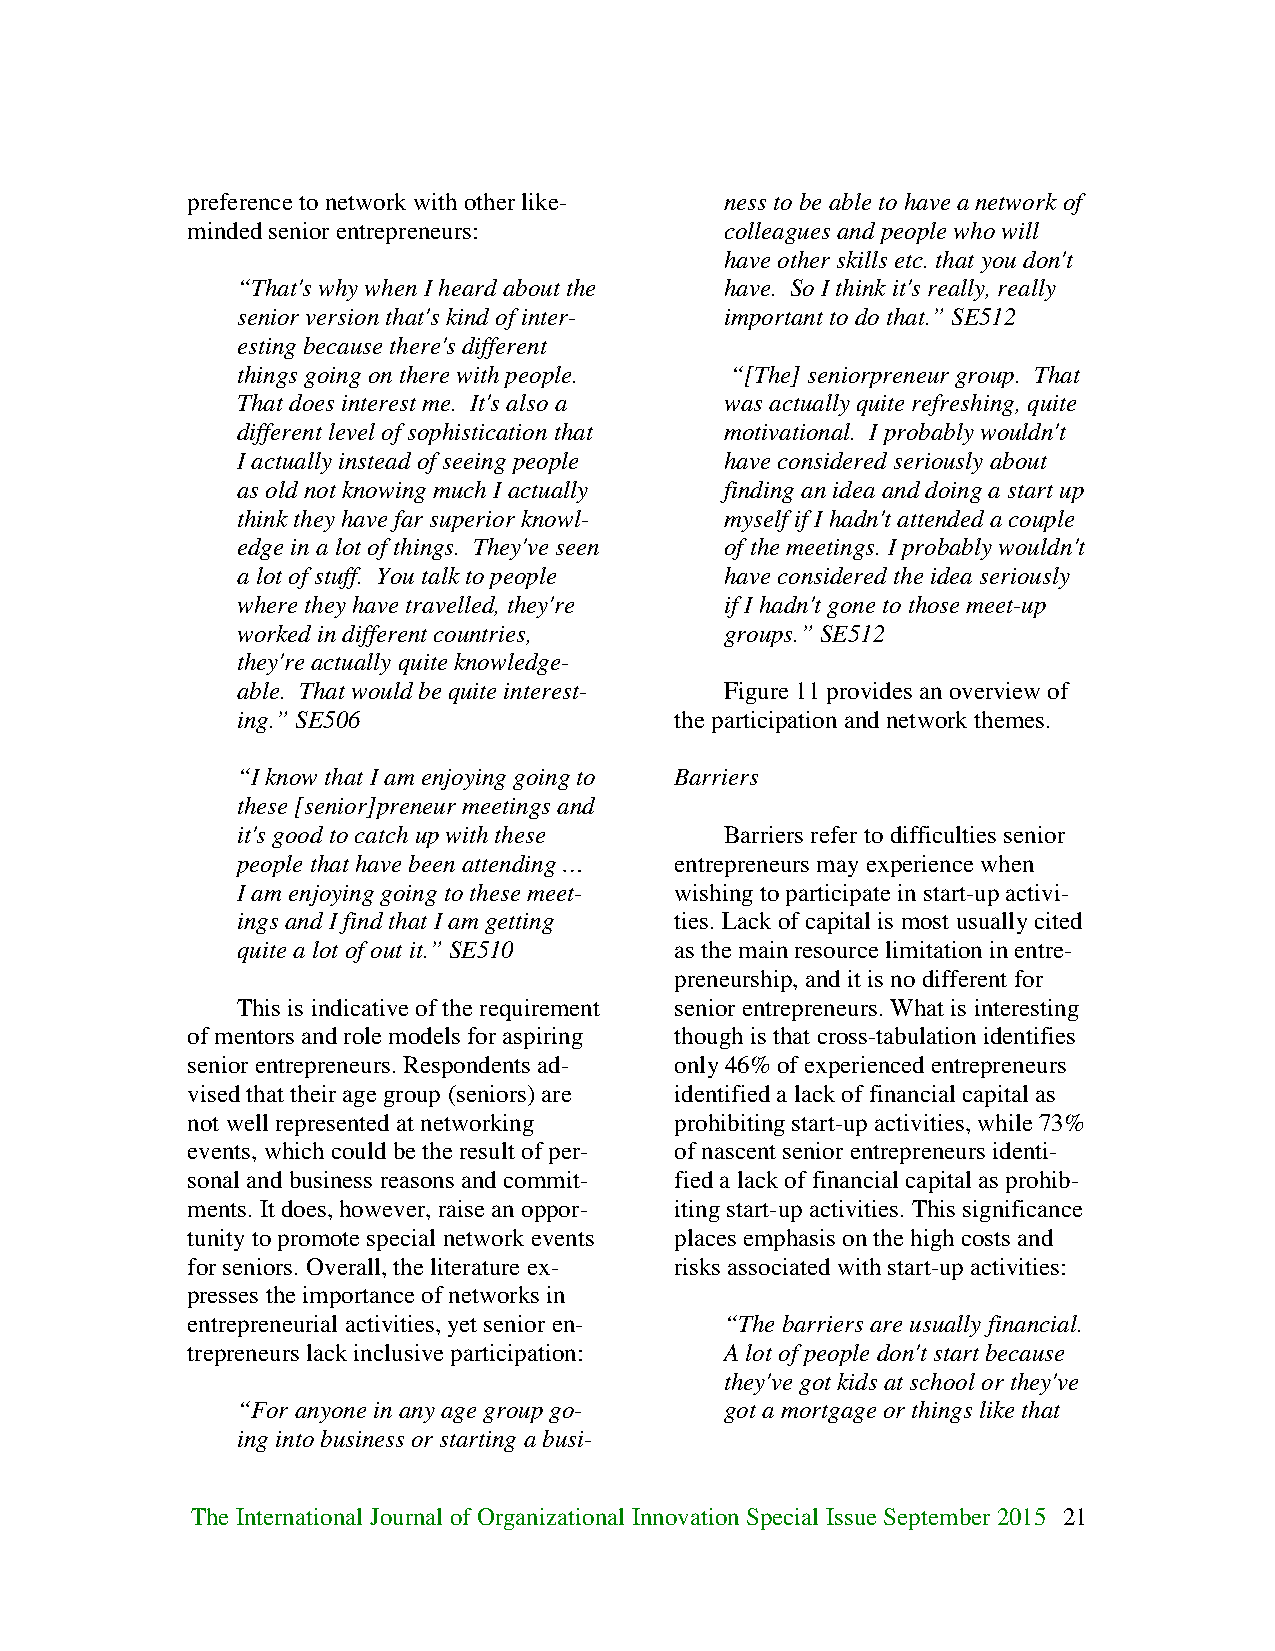
preference to network with other like- ness to be able to have a network of
 minded senior entrepreneurs:        colleagues and people who will
 have other skills etc. that you don't
 “That's why when I heard about the have. So I think it's really, really
 senior version that's kind of inter- important to do that.” SE512
 esting because there's different
 things going on there with people. “[The] seniorpreneur group. That
 That does interest me. It's also a was actually quite refreshing, quite
 different level of sophistication that motivational. I probably wouldn't
 I actually instead of seeing people have considered seriously about
 as old not knowing much I actually finding an idea and doing a start up
 think they have far superior knowl- myself if I hadn't attended a couple
 edge in a lot of things. They've seen of the meetings. I probably wouldn't
 a lot of stuff. You talk to people have considered the idea seriously
 where they have travelled, they're if I hadn't gone to those meet-up
 worked in different countries,  groups.” SE512
 they're actually quite knowledge-
 able. That would be quite interest- Figure 11 provides an overview of
 ing.” SE506                  the participation and network themes.
 “I know that I am enjoying going to Barriers
 these [senior]preneur meetings and
 it's good to catch up with these Barriers refer to difficulties senior
 people that have been attending … entrepreneurs may experience when
 I am enjoying going to these meet- wishing to participate in start-up activi-
 ings and I find that I am getting ties. Lack of capital is most usually cited
 quite a lot of out it.” SE510 as the main resource limitation in entre-
 preneurship, and it is no different for
 This is indicative of the requirement senior entrepreneurs. What is interesting
 of mentors and role models for aspiring though is that cross-tabulation identifies
 senior entrepreneurs. Respondents ad- only 46% of experienced entrepreneurs
 vised that their age group (seniors) are identified a lack of financial capital as
 not well represented at networking prohibiting start-up activities, while 73%
 events, which could be the result of per- of nascent senior entrepreneurs identi-
 sonal and business reasons and commit- fied a lack of financial capital as prohib-
 ments. It does, however, raise an oppor- iting start-up activities. This significance
 tunity to promote special network events places emphasis on the high costs and
 for seniors. Overall, the literature ex- risks associated with start-up activities:
 presses the importance of networks in
 entrepreneurial activities, yet senior en- “The barriers are usually financial.
 trepreneurs lack inclusive participation: A lot of people don't start because
 they've got kids at school or they've
 “For anyone in any age group go- got a mortgage or things like that
 ing into business or starting a busi-
 The International Journal of Organizational Innovation Special Issue September 2015 21